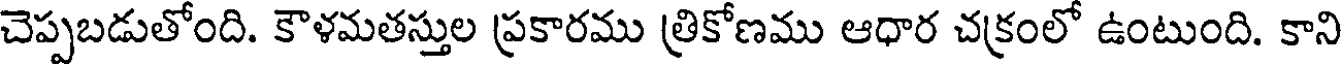
చెప్పబడుతోంది. కౌళమతస్తుల ప్రకారము త్రికోణము ఆధార చక్రంలో ఉంటుంది. కాని